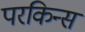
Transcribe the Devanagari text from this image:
परकिन्स